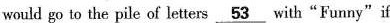
would go to the pile of letters\underline{53}with“Funny”if